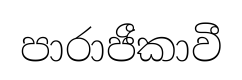
පාරාජීකාවී